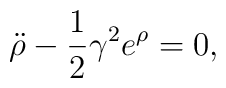
{\ddot \rho} - {1\over 2} \gamma^2 e^\rho = 0,